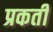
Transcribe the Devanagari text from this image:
प्रकती